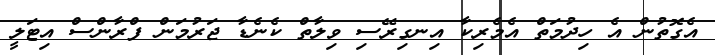
އެގޮތުން އެ ހިދުމަތް އެމެރިކާ އިނގިރޭސި ވިލާތް ކެނެޑާ ޖަރުމަން ފްރާންސް އިޓަލީ